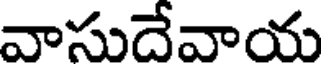
వాసుదేవాయ